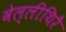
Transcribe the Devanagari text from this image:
वेल्लीथिरै